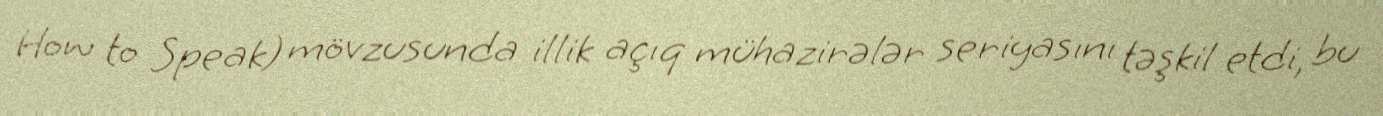
How to Speak) mövzusunda illik açıq mühazirələr seriyasını təşkil etdi, bu